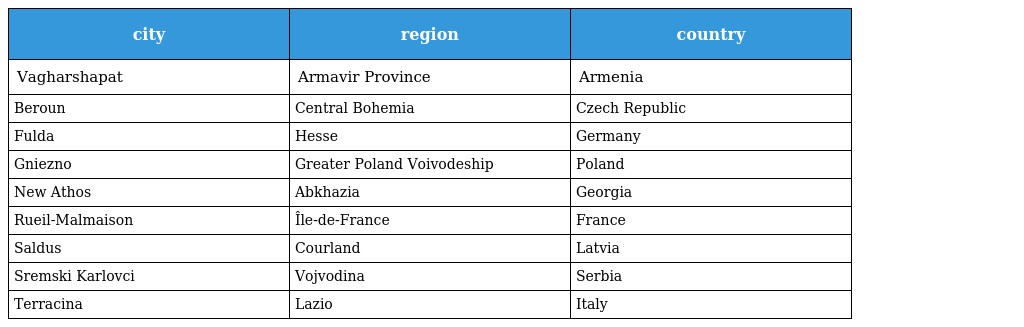
| city | region | country |
 | --- | --- | --- |
 | Vagharshapat | Armavir Province | Armenia |
 | Beroun | Central Bohemia | Czech Republic |
 | Fulda | Hesse | Germany |
 | Gniezno | Greater Poland Voivodeship | Poland |
 | New Athos | Abkhazia | Georgia |
 | Rueil-Malmaison | Île-de-France | France |
 | Saldus | Courland | Latvia |
 | Sremski Karlovci | Vojvodina | Serbia |
 | Terracina | Lazio | Italy |